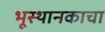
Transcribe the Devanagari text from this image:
भूस्थानकाचा